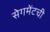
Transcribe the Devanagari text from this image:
सेगमेंटची